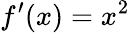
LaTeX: f^{\prime}(x)=x^{2}